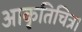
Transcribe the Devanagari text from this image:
आकृतिचित्र।